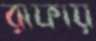
রাফায়